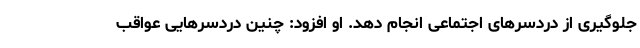
جلوگیری از دردسرهای اجتماعی انجام دهد. او افزود: چنین دردسرهایی عواقب